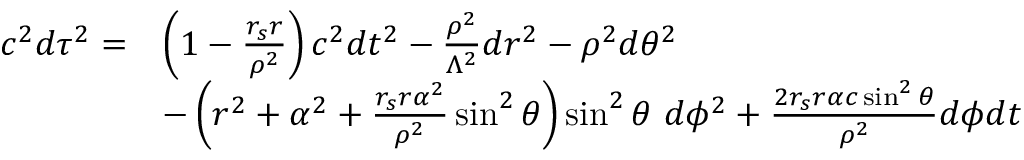
{ \begin{array} { r l } { c ^ { 2 } d \tau ^ { 2 } = } & { \left( 1 - { \frac { r _ { s } r } { \rho ^ { 2 } } } \right) c ^ { 2 } d t ^ { 2 } - { \frac { \rho ^ { 2 } } { \Lambda ^ { 2 } } } d r ^ { 2 } - \rho ^ { 2 } d \theta ^ { 2 } } \\ & { - \left( r ^ { 2 } + \alpha ^ { 2 } + { \frac { r _ { s } r \alpha ^ { 2 } } { \rho ^ { 2 } } } \sin ^ { 2 } \theta \right) \sin ^ { 2 } \theta \ d \phi ^ { 2 } + { \frac { 2 r _ { s } r \alpha c \sin ^ { 2 } \theta } { \rho ^ { 2 } } } d \phi d t } \end{array} }